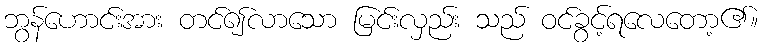
ဘွန်ဟောင်းအား တင်၍လာသော မြင်းလှည်း သည် ဝင်ခွင့်ရလေတော့၏။